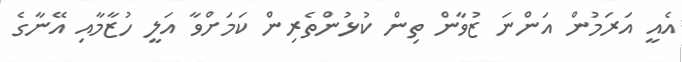
އެއީ އަރަމުން އަންނަ ޒުވާން ތިން ކުޅުންތެރިން ކަމަށްވާ އަލީ ހުޒާމާއި އޭނާގެ